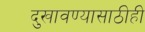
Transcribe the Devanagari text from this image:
दुखावण्यासाठीही